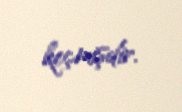
keçmişdir.